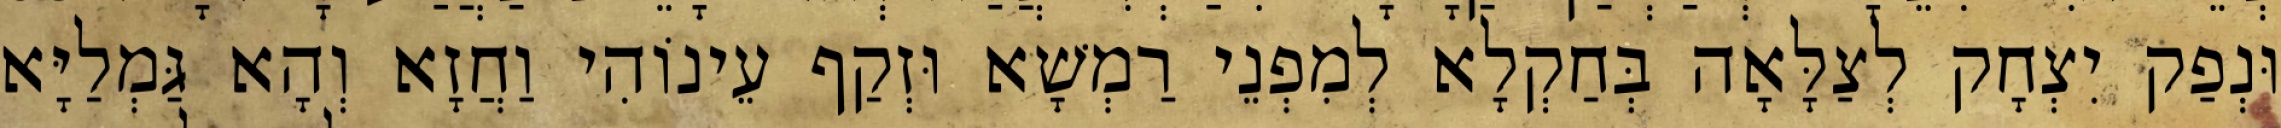
וּנְפַק יִצְחָק לְצַלָּאָה בְּחַקְלָא לְמִפְנֵי רַמְשָׁא וּזְקַף עֵינוֹהִי וַחֲזָא וְהָא גַּמְלַיָּא